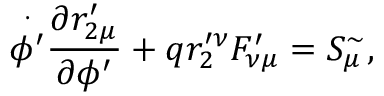
\overset { \cdot } { \phi ^ { \prime } } \frac { \partial r _ { 2 \mu } ^ { \prime } } { \partial \phi ^ { \prime } } + q r _ { 2 } ^ { \prime \nu } F _ { \nu \mu } ^ { \prime } = S _ { \mu } ^ { \sim } ,